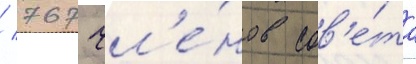
/ 767 чл'е́нов сов'е́та